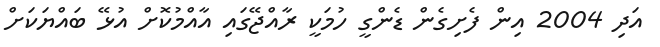
އަދި 2004 އިން ފެށިގެން ޑެންގީ ހުމަކީ ރާއްޖޭގައި އާއްމުކޮށް އުޅޭ ބައްޔަކަށް